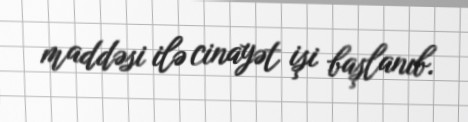
maddəsi ilə cinayət işi başlanıb.